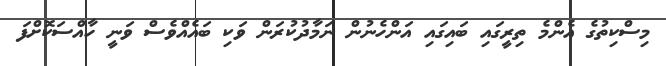
މިސްކިތުގެ އެންމެ ތިރީގައި ބައިގައި އަންހެނުން ނަމާދުކުރަން ވަކި ބައެއްވެސް ވަނީ ހާއްސަކޮށްފަ